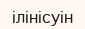
ілінісуін